Bombay plague: being a history of the progress of plague in the Bombay presidency from September 1896 to June 1899
Year: 1896
Disease focus: Plague
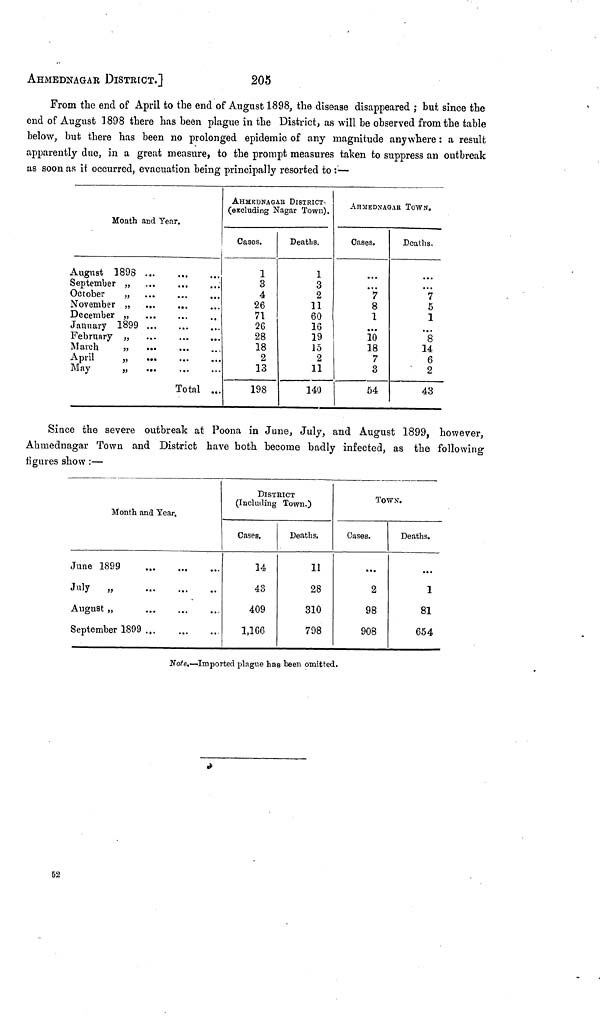
AHMEDNAGAR DISTRICT.]
205
From the end of April to the end of August 1898, the disease disappeared ; but since the
3nd of August 1898 there has been plague in the District, as will be observed from the table
below, but there has been no prolonged epidemic of any magnitude anywhere : a result
apparently due, in a great measure, to the prompt measures taken to suppress an outbreak
as soon as it occurred, evacuation being principally resorted to : —
Month and Tear.
August 1898
September „
October
„
November „
December „
January 1899
February „
March
„
April
„
May
„
...
...
...
...
...
...
...
...
...
...
...
...
..
...
...
...
...
...
Total
...
...
...
..
...
...
...
...
AHMEDNAGAE DISTRICT
(excluding Nagar Town).
Cases.
1
3
4
26
71
26
28
18
2
13
198
Deaths.
1
3
2
11
60
16
19
15
2
11
140
AHMEDNAGAR TOWN.
Cases.
...
7
8
1
...
10
18
7
3
54
Deaths.
...
7
5
1
...
8
14
6
2
43
Since the severe outbreak at Poona in Jane, July, and August 1899, however,
Ahmednagar Town and District have both become badly infected, as the following
figures show :—
Month and Year.
June 1899
July ,,
August „
September 1899
...
...
...
...
...
...
...
...
...
...
...
··
DISTRICT
(Including Town.)
Cases.
14
43
409
1,166
Deaths.
11
28
310
798
TOWN.
Cases.
...
2
98
908
Deaths.
...
1
81
654
Note.—Imported plague has been omitted.